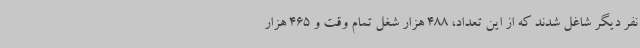
نفر دیگر شاغل شدند که از این تعداد، 488 هزار شغل تمام وقت و 465 هزار